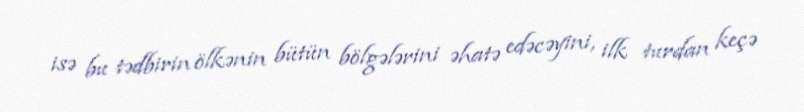
isə bu tədbirin ölkənin bütün bölgələrini əhatə edəcəyini, ilk turdan keçə